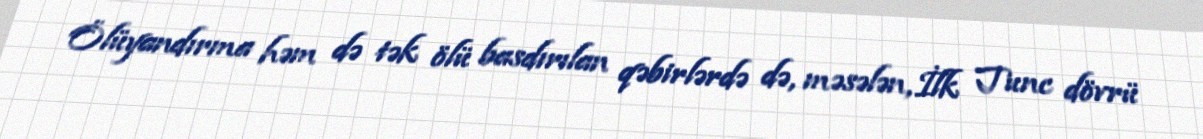
Ölüyandırma həm də tək ölü basdırılan qəbirlərdə də, məsələn, İlk Tunc dövrü